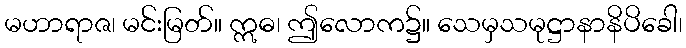
မဟာရာဇ၊ မင်းမြတ်။ ဣဓ၊ ဤလောက၌။ သေမှသမုဋ္ဌာနာနိပိခေါ၊